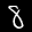
Label: 8